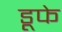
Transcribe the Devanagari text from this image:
डूफे